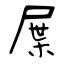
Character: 屟